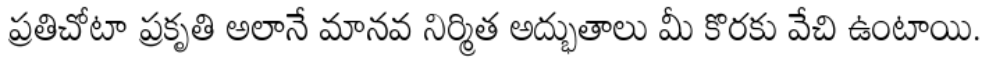
ప్రతిచోటా ప్రకృతి అలానే మానవ నిర్మిత అద్భుతాలు మీ కొరకు వేచి ఉంటాయి.